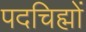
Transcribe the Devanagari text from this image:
पदचिह्मों